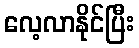
လေ့လာနိုင်ပြီး